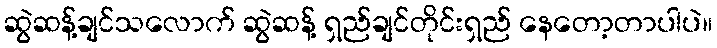
ဆွဲဆန့်ချင်သလောက် ဆွဲဆန့် ရှည်ချင်တိုင်းရှည် နေတော့တာပါပဲ။